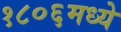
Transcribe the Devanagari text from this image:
१८०६मध्ये